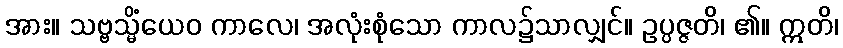
အား။ သဗ္ဗသ္မိံယေဝ ကာလေ၊ အလုံးစုံသော ကာလ၌သာလျှင်။ ဥပ္ပဇ္ဇတိ၊ ၏။ ဣတိ၊